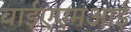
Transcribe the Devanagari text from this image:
वाईएएमआई